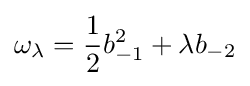
\omega _{\lambda }={\frac {1}{2}}b_{-1}^{2}+\lambda b_{-2}